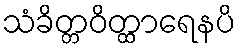
သံခိတ္တဝိတ္ထာရေနပိ